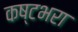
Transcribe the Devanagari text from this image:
कष्टभरा